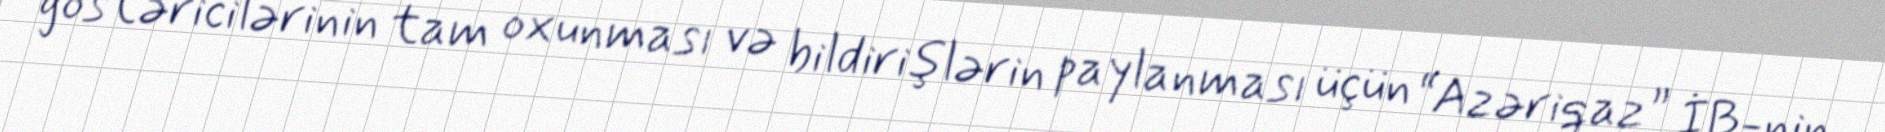
göstəricilərinin tam oxunması və bildirişlərin paylanması üçün “Azəriqaz” İB-nin